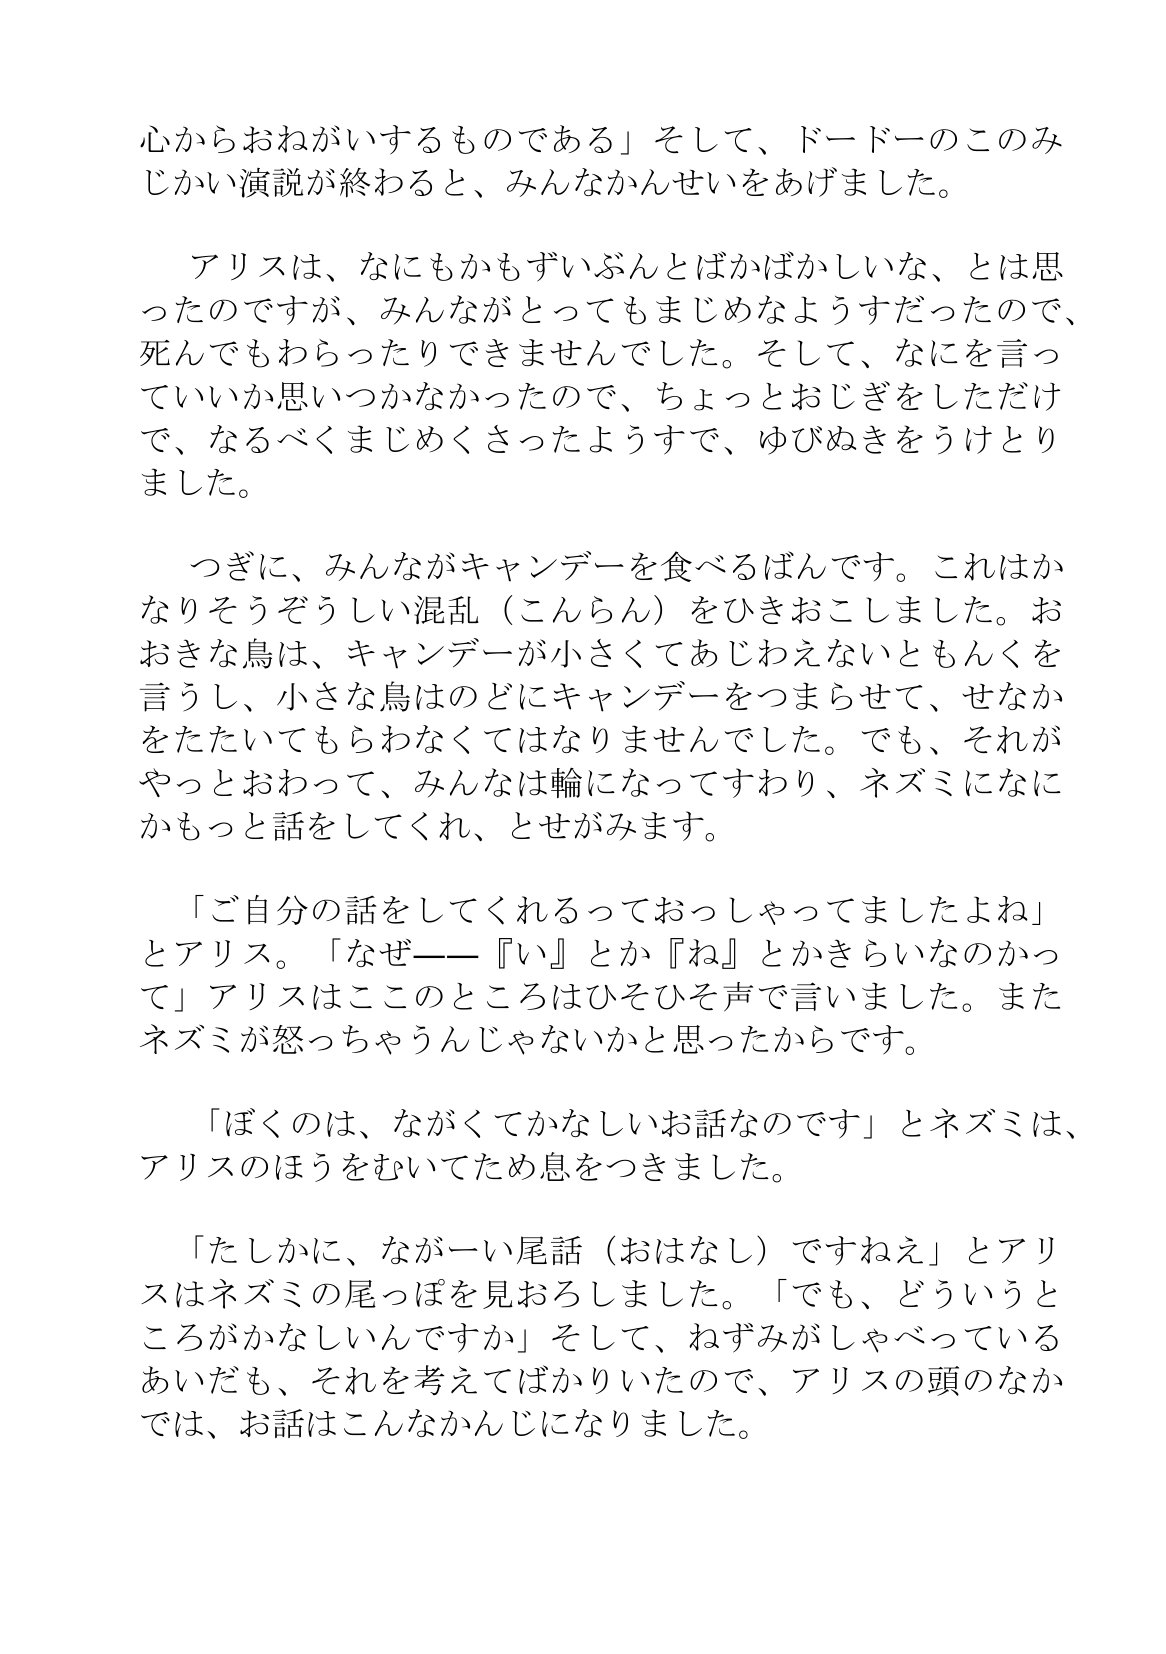
Language: ja